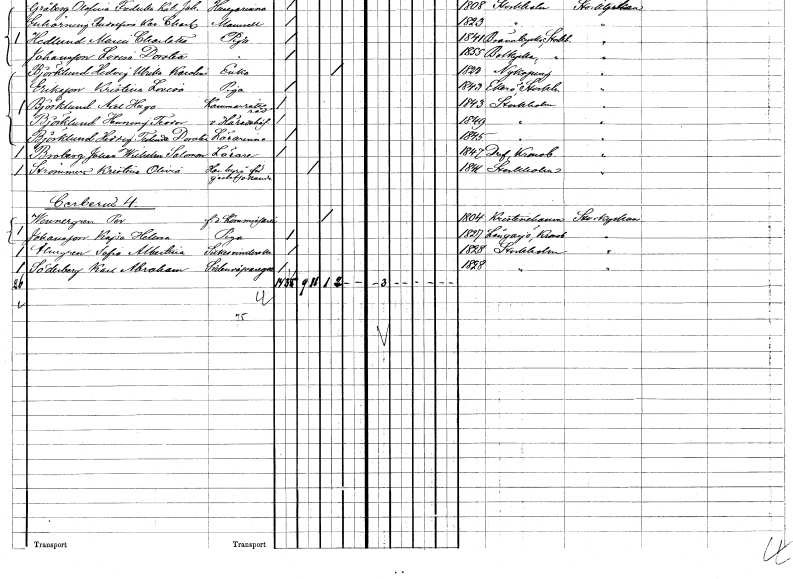
gt_parse: households: individuals: FN: Johan Wilhelm Salomon
EN: Broberg
YRKE: Lärare
KON: M
CIV: O
FODAR: 1847
FODFORS: Drev Kronobergs län
FN: Kristina Olivia
EN: Strömmer
KON: K
CIV: G
FODAR: 1841
FODFORS: Stockholm
FN: Per
EN: Wennergren
KON: M
CIV: E
FODAR: 1804
FODFORS: Kristinehamn Värmlands län
FN: Kajsa Helena
EN: Johansson
YRKE: Piga
KON: K
CIV: O
FODAR: 1827
FODFORS: Långasjö Kalmar län
FN: Sofia Albertina
EN: Almgren
YRKE: Silkesvinderska
KON: K
CIV: O
FODAR: 1828
FODFORS: Stockholm
FN: Karl Abraham
EN: Söderberg
YRKE: Sidenvävaregesäll
KON: M
CIV: O
FODAR: 1828
FODFORS: Stockholm